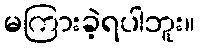
မကြားခဲ့ရပါဘူး။